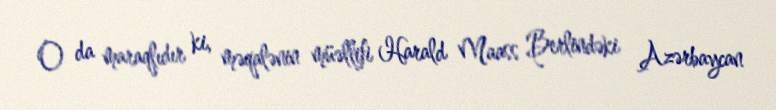
O da maraqlıdır ki, məqalənin müəllifi Harald Maass Berlindəki Azərbaycan